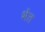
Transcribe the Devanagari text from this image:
भेंत